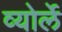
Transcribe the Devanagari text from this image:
व्योर्ले